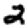
Digit: 2